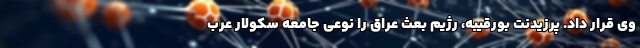
وی قرار داد. پرزیدنت بورقیبه، رژیم بعث عراق را نوعی جامعه سکولار عرب